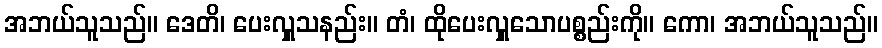
အဘယ်သူသည်။ ဒေတိ၊ ပေးလှူသနည်း။ တံ၊ ထိုပေးလှူသောပစ္စည်းကို။ ကော၊ အဘယ်သူသည်။